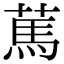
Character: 䔍